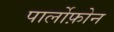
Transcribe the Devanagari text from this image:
पार्लोफ़ोन